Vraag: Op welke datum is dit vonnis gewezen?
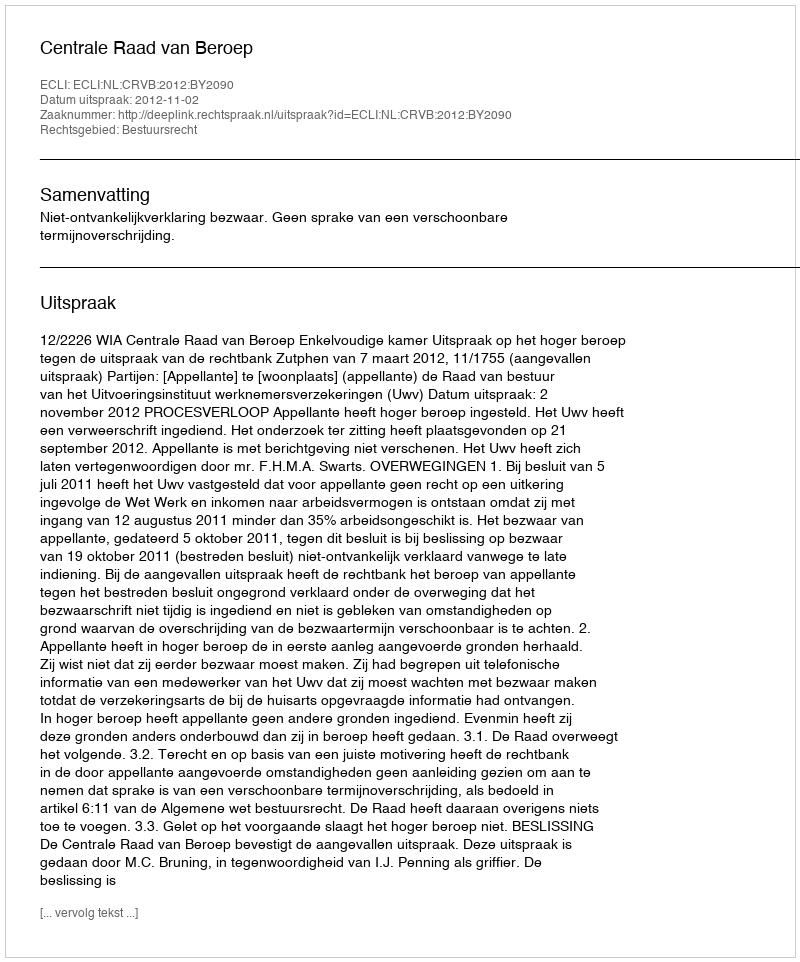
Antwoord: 2012-11-02